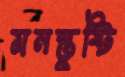
মনস্তুষ্টি